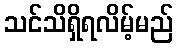
သင်သိရှိရလိမ့်မည်